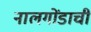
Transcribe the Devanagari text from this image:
नालगोंडाची